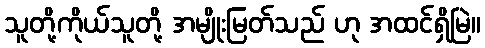
သူတို့ကိုယ်သူတို့ အမျိုးမြတ်သည် ဟု အထင်ရှိမြဲ။